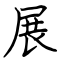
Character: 展